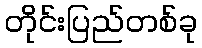
တိုင်းပြည်တစ်ခု